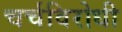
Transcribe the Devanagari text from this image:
चर्चविरोधी